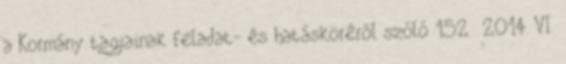
a Kormány tagjainak feladat- és hatásköréről szóló 152 2014. VI.